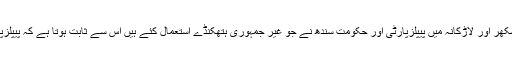
انہوں نے کہاکہ بلدیاتی انتخابات میں ایم کیوایم کی پرواز کو روکنے کیلئے سکھر اور لاڑکانہ میں پیپلزپارٹی اور حکومت سندھ نے جو غیر جمہوری ہتھکنڈے استعمال کئے ہیں اس سے ثابت ہوتا ہے کہ پیپلزپارٹی سندھ میں اپنی مقبولیت کھو کر عوامی حمایت سے محروم ہوچکی ہے ۔